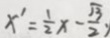
x ^ { \prime } = \frac { 1 } { 2 } x - \frac { \sqrt { 3 } } { 2 } ,